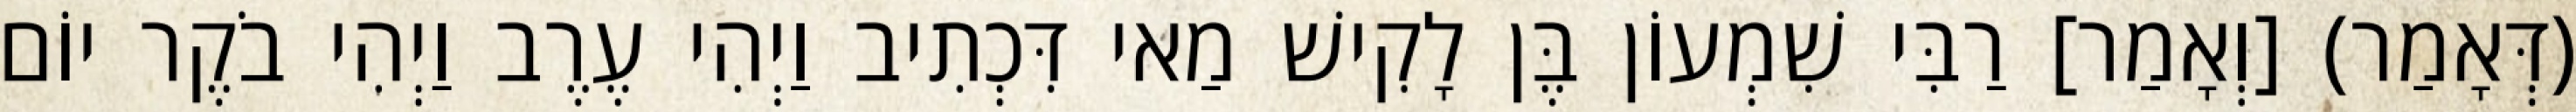
(דְּאָמַר) [וְאָמַר] רַבִּי שִׁמְעוֹן בֶּן לָקִישׁ מַאי דִּכְתִיב וַיְהִי עֶרֶב וַיְהִי בֹקֶר יוֹם